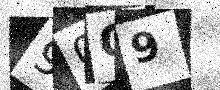
Text: 90Q9